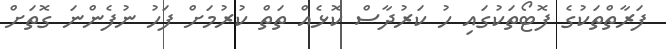
ފަރާތްތަކުގެ ފޮޓޯތަކުގައި ހު ކަރުދާސް ކޮޅެއް ތަތް ކުރުމަށް ފަހު ނުފެންނަ ގޮތަށް